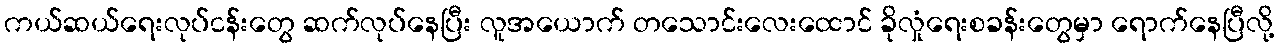
ကယ်ဆယ်ရေးလုပ်ငန်းတွေ ဆက်လုပ်နေပြီး လူအယောက် တသောင်းလေးထောင် ခိုလှုံရေးစခန်းတွေမှာ ရောက်နေပြီလို့